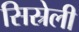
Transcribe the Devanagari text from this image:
सिस्रेली